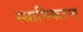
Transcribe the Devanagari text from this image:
स्थानिकरण